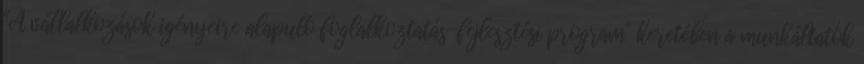
"A vállalkozások igényeire alapuló foglalkoztatás-fejlesztési program" keretében a munkáltatók